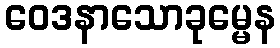
ဝေဒနာသောခုမ္မေန